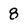
Character: 8